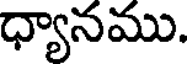
ధ్యానము.